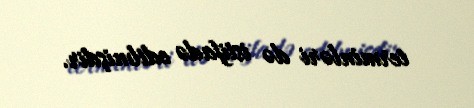
terminləri də istifadə edilmişdir.